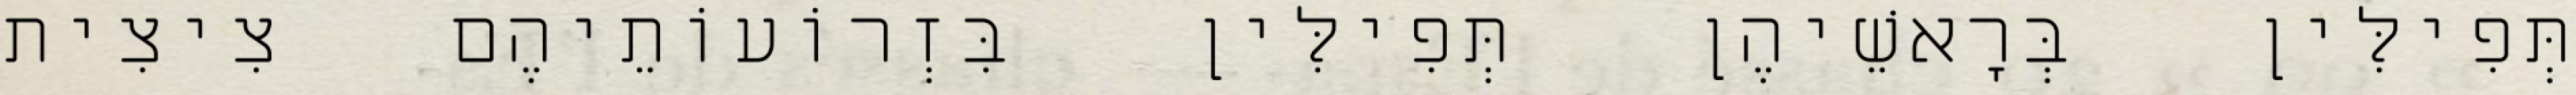
תְּפִילִּין בְּרָאשֵׁיהֶן תְּפִילִּין בִּזְרוֹעוֹתֵיהֶם צִיצִית